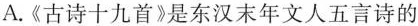
A.《古诗十九首》是东汉末年文人五言诗的